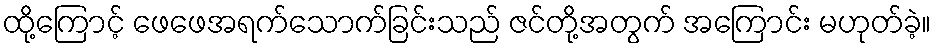
ထို့ကြောင့် ဖေဖေအရက်သောက်ခြင်းသည် ဇင်တို့အတွက် အကြောင်း မဟုတ်ခဲ့။